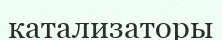
катализаторы